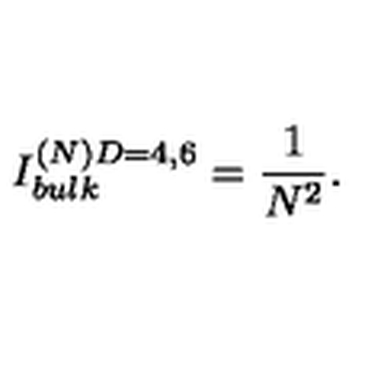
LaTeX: { I _ { b u l k } ^ { ( N ) D = 4 , 6 } = { \frac { 1 } { N ^ { 2 } } } . }